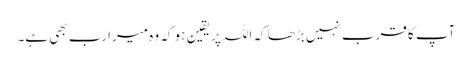
آپ کا قرب نہیں بڑھا کہ اللہ پر یقین ہو کہ وہ میرا رب بھی ہے۔